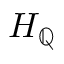
H _ { \mathbb { Q } }